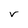
Character: r